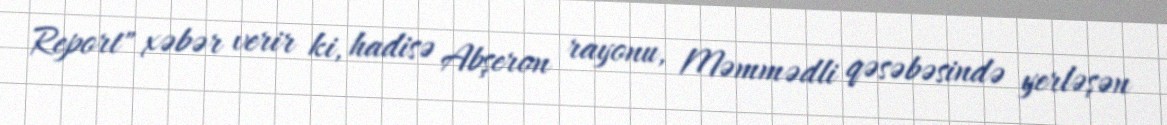
Report" xəbər verir ki, hadisə Abşeron rayonu, Məmmədli qəsəbəsində yerləşən